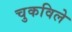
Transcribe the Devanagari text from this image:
चुकविले